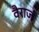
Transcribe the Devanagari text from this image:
वैराजं